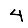
Digit: 4